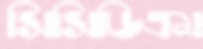
সিসিডিএম